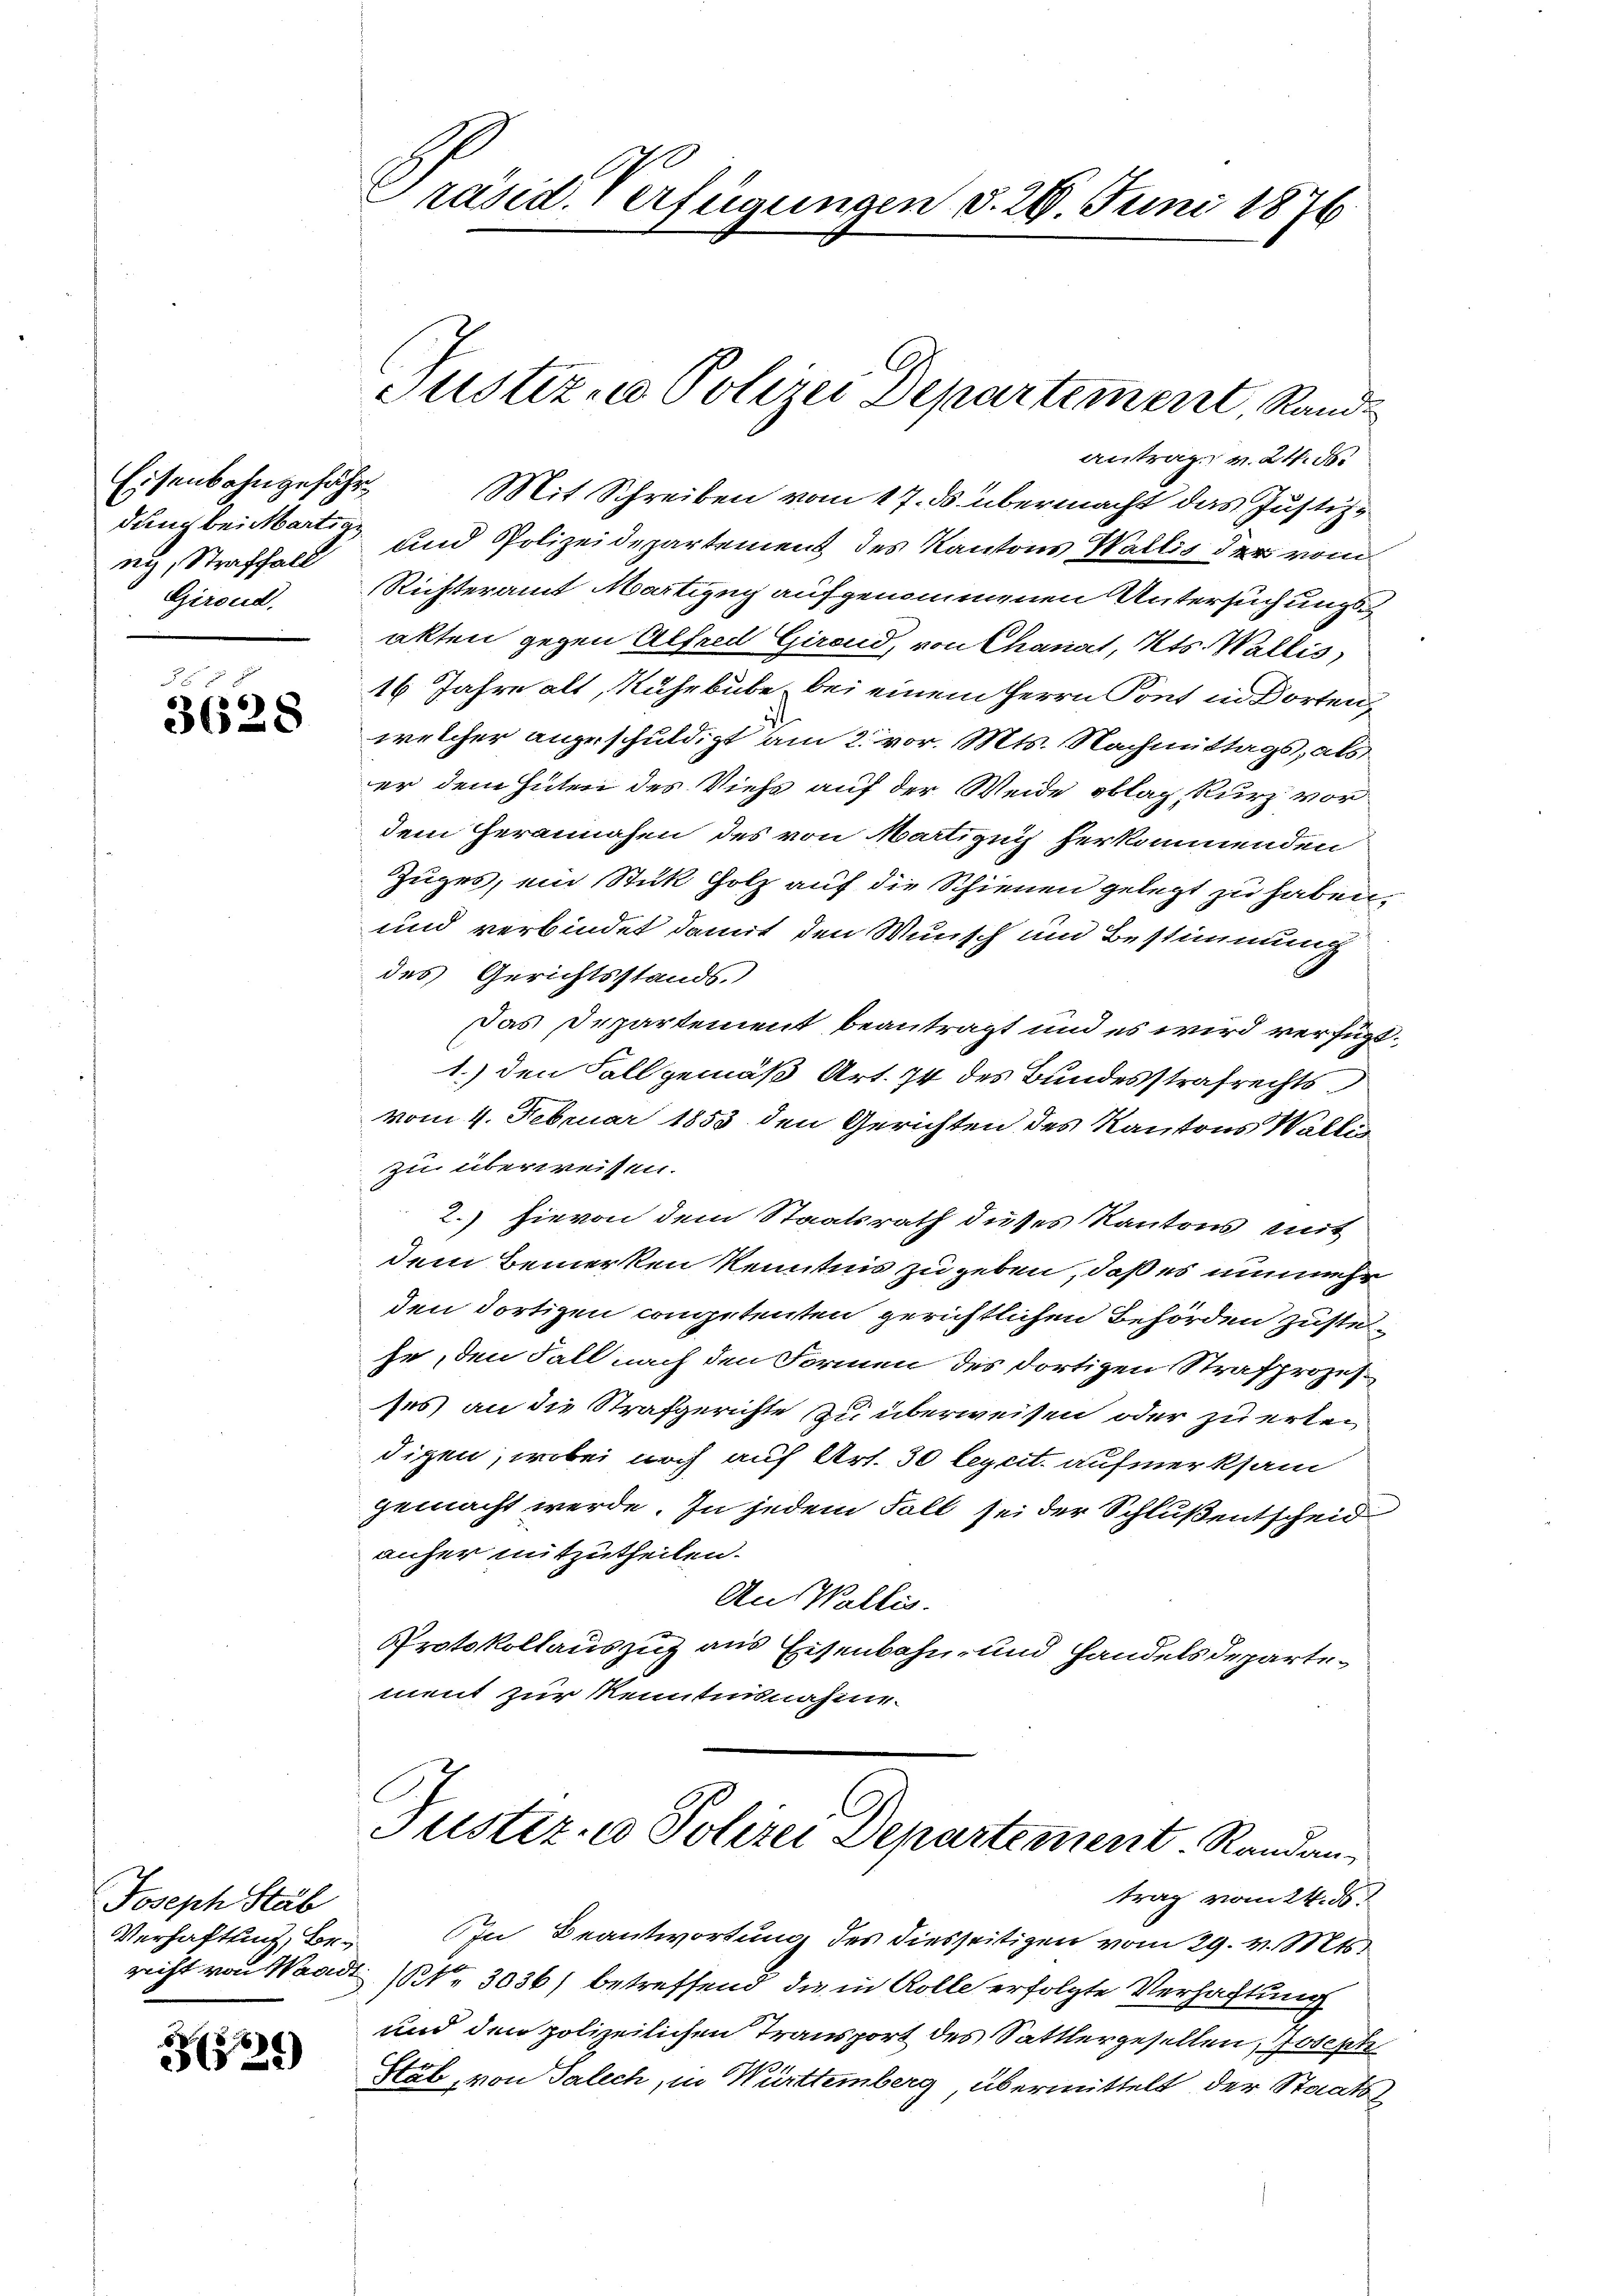
Eisenbahngefähr
dung bei Martig
ny, Straffall

a
3628

Joseph Stäb
Verhaftung, Bericht von Waadt

67
§529)

Präsid. Verfügungen d. 20. Juni 1876

Justiz- u Polizei Departement, Rand

antrag v. 24. d.
Mit Schreiben vom 17. ds. übermacht das Justiz¬
und Polizeidepartement des Kantons Wallis der vom
Giroud. Richteramt Martigny aufgenommenen Untersuchungsakten gegen Alfred Girend, von Chanat, Kts. Wallis,
16 Jahre alt, Ruhrbube bei einem Herrn Pont in Dorten,
welcher angeschuldigt am 2. vor. Mts. Nachmittags, als
er dem Hüten des Viehs auf der Weide oblag, kurz vor
dem Herannahen des von Martignis herkommenden
Zuges, ein Stuk Holz auf die Schienen gelegt zu haben,
und verbindet damit den Wunsch und Bestimmung
des Gerichtsstands,
Das Departement beantragt und es wird verfügt.
1.) den Fall gemäß Art. 74 des Bundesstrafrechts
vom 4. Februar 1853 den Gerichten des Kantons Wallis
zu überweisen.
2.) hievon dem Staatsrath dieses Kantons mit
dem Bemerken kenntnis zu geben, daß es nunmehr
den dortigen competenten gerichtlichen Behörden zustelse, den Fall nach den Formen des dortigen Strafprozes
ses an die Strafgerichte zu überweisen oder zu erten
digen, wobei noch auf Art. 30 leycit. aufmerksam
gemacht werde. In jedem Fall sei der Schluß entscheid
anher mitzutheilen.
An Wallis.
Protokollauszug aus Eisenbahn- und Handelsdepartement zur Kenntnisnahme
Justiz- u Polizei Departement. Randan
trag vom 24. ds.
In Beantwortung des diesseitigen vom 29. v. Mts.
(to 3036) betreffend die in Rolle erfolgte Verhaftung
und den polizeilichen Transport des Sattlergesellen, Joseph
Stöb, von Talech, in Württemberg, übermittelt der Staats-